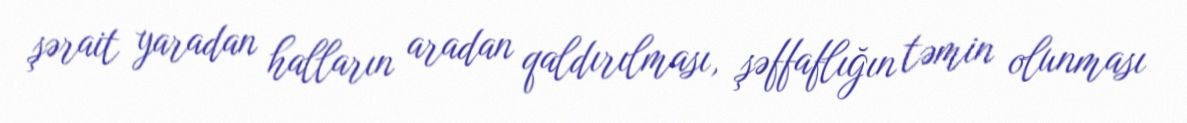
şərait yaradan halların aradan qaldırılması, şəffaflığın təmin olunması